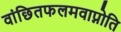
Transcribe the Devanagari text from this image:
वांछितफलमवाप्नोति